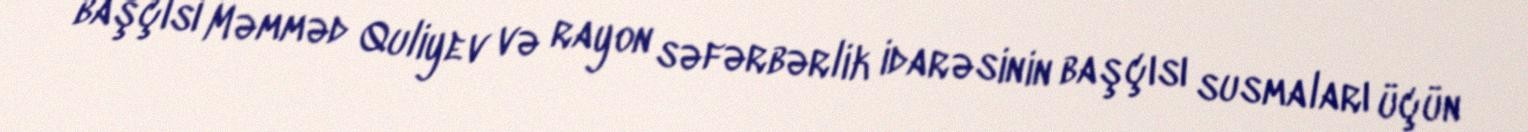
başçısı Məmməd Quliyev və rayon səfərbərlik idarəsinin başçısı susmaları üçün